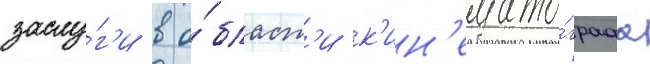
заслу́г'и в о́бласт'и к'ин'емато́графа